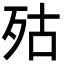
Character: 㱠